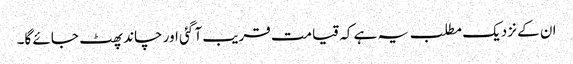
ان کے نزدیک مطلب یہ ہے کہ قیامت قریب آ گئی اور چاند پھٹ جائے گا۔